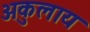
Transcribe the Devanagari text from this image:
अकुलाय